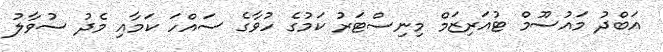
އަބްދު މައުސޫމް ޓުއަރިޒަމް މިނިސްޓަރު ކަމުގެ ހުވާގެ ސައްހަ ކަމާއި މެދު ސުވާލު